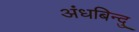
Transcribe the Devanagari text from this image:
अंधबिन्दु